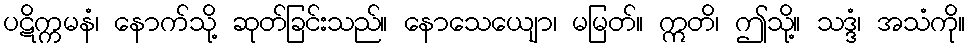
ပဋိက္ကမနံ၊ နောက်သို့ ဆုတ်ခြင်းသည်။ နောသေယျော၊ မမြတ်။ ဣတိ၊ ဤသို့။ သဒ္ဒံ၊ အသံကို။